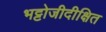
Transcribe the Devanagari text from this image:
भट्टोजीदीक्षित